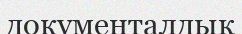
документалдық